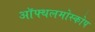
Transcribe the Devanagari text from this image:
ऑफ्थलमोस्कोप